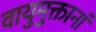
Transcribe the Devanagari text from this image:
वायुमुक्तानां